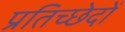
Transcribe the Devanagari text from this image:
प्रतिच्छेदों